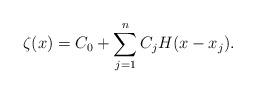
LaTeX: \begin{align*}\zeta(x)=C_0+\sum_{j=1}^nC_jH(x-x_j).\end{align*}